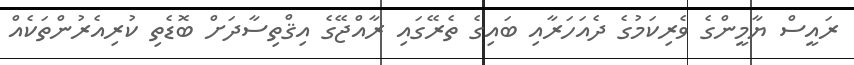
ރައީސް ޔާމީންގެ ވެރިކަމުގެ ދެއަހަރާއި ބައިގެ ތެރޭގައި ރާއްޖޭގެ އިޤްތިސާދަށް ބޮޑެތި ކުރިއެރުންތަކެއް